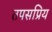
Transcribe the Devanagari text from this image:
तपसप्रिय